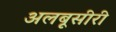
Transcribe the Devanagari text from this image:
अलबूसीरी